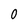
Character: O